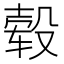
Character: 毂